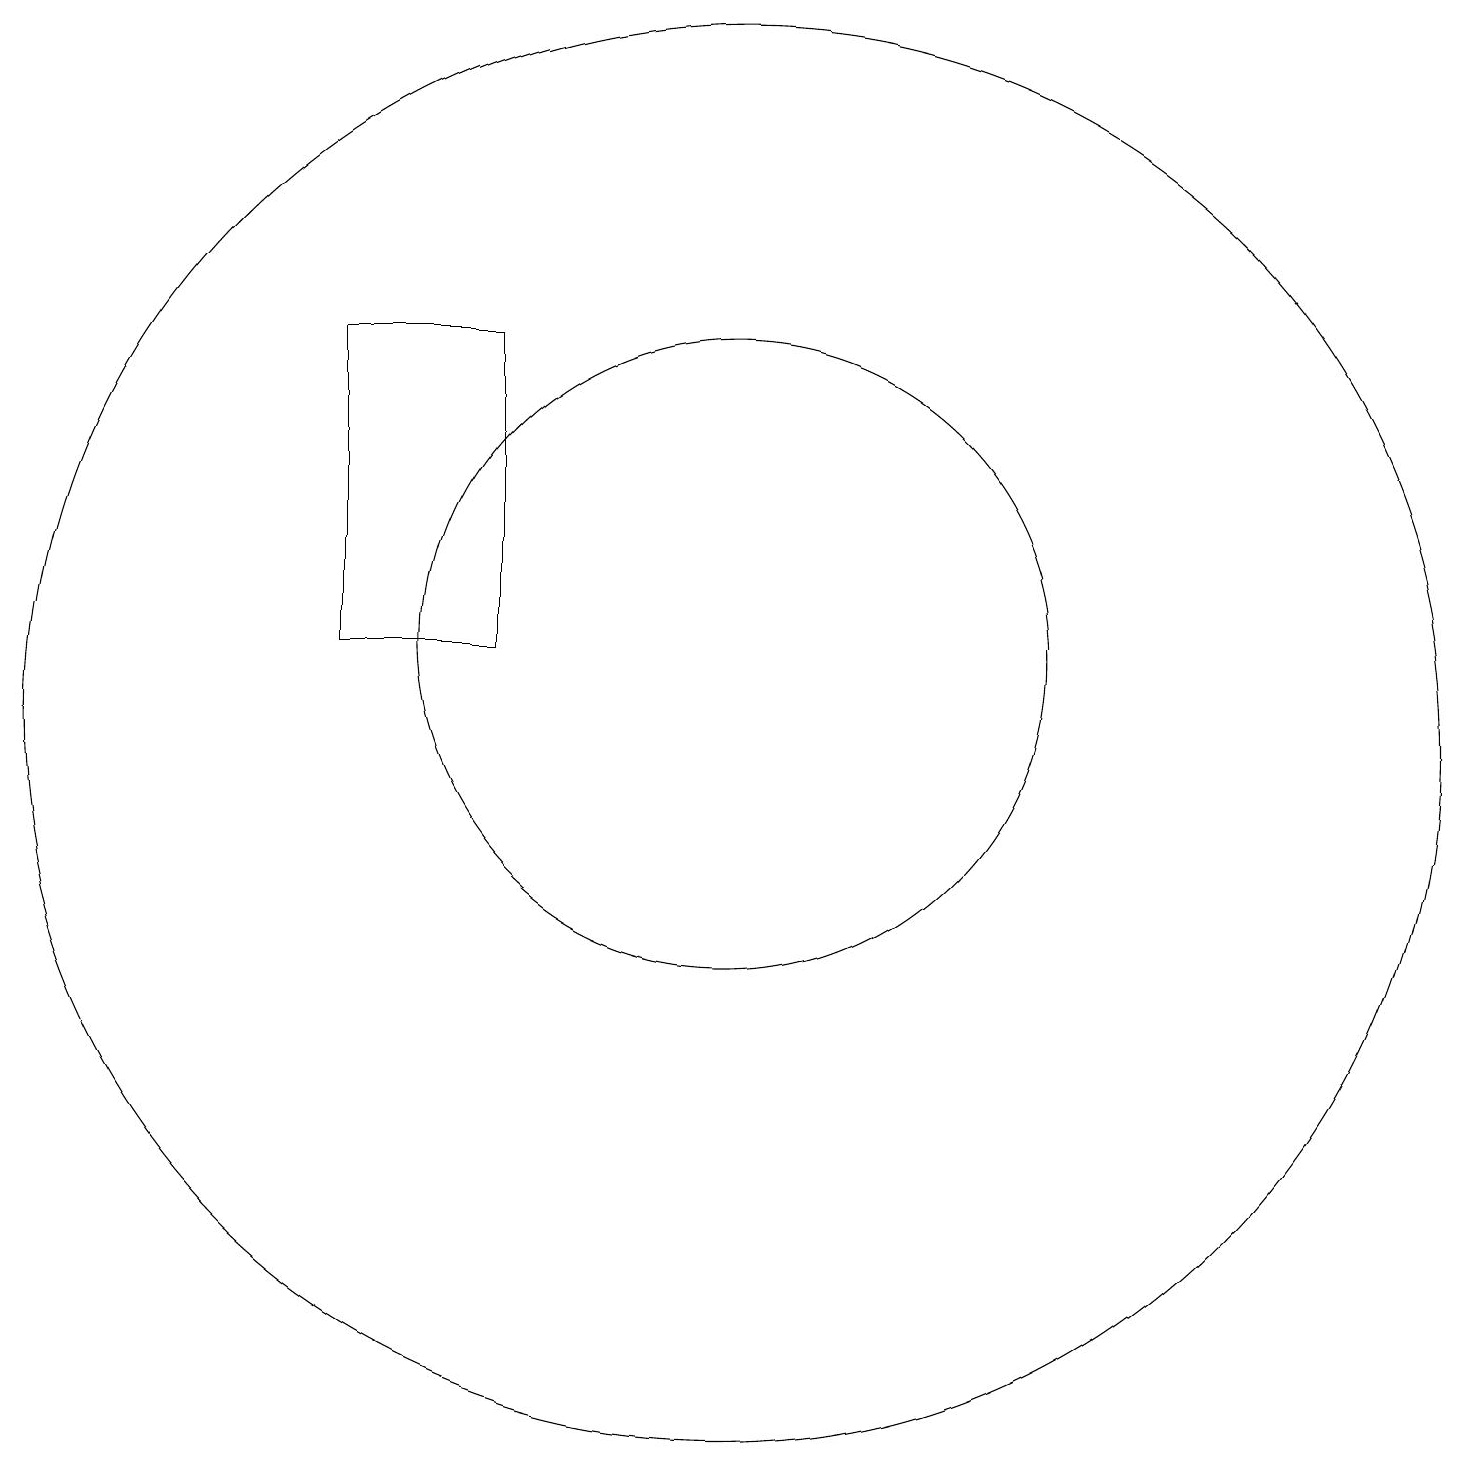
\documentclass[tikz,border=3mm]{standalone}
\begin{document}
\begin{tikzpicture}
\draw (10,12) circle (4);
\draw (7,16) rectangle (5,12);
\draw (10,11) circle (9);
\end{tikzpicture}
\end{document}